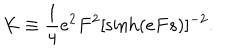
K \equiv \frac { 1 } { 4 } e ^ { 2 } F ^ { 2 } [ \sinh ( e F s ) ] ^ { - 2 } .